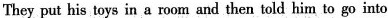
They put his toys in a room and then told him to go into